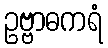
ဥဗ္ဗာဓကရံ